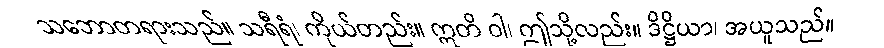
သဘောတရားသည်။ သရီရံ၊ ကိုယ်တည်း။ ဣတိ ဝါ၊ ဤသို့လည်း။ ဒိဋ္ဌိယာ၊ အယူသည်။